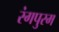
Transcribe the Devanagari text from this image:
रंगपुरम